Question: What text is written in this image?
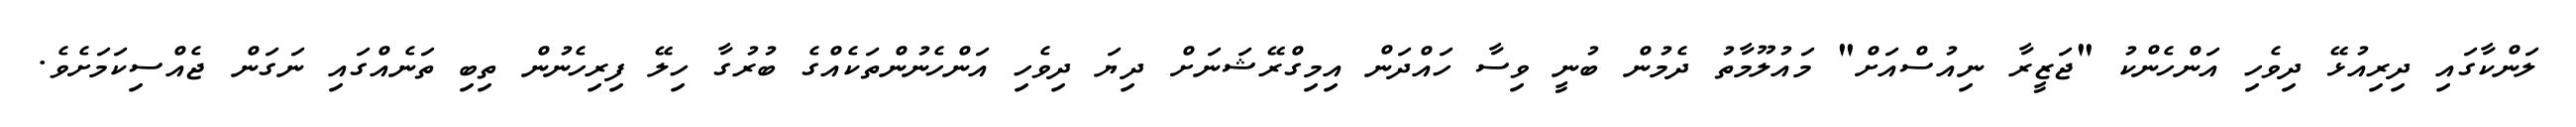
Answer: ލަންކާގައި ދިރިއުޅޭ ދިވެހި އަންހެންކު "ޖަޒީރާ ނިއުސްއަށް" މައުލޫމާތު ދެމުން ބުނީ ވިސާ ހައްދަން އިމިގްރޭޝަނަށް ދިޔަ ދިވެހި އަންހެނުންތަކެއްގެ ބުރުގާ ހިލޭ ފިރިހެނުން ތިބި ތަނެއްގައި ނަގަން ޖެއްސިކަމަށެވެ.